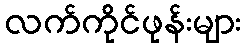
လက်ကိုင်ဖုန်းများ